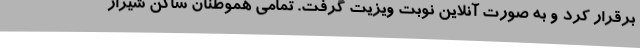
برقرار کرد و به صورت آنلاین نوبت ویزیت گرفت. تمامی هموطنان ساکن شیراز